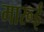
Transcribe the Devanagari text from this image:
मारूई